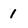
Character: 1